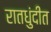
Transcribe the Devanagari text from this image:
रातधुंदीत